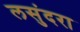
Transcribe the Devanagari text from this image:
लसुंदरा